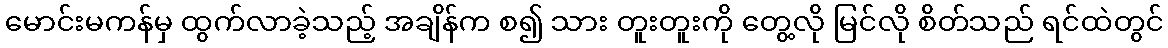
မောင်းမကန်မှ ထွက်လာခဲ့သည့် အချိန်က စ၍ သား တူးတူးကို တွေ့လို မြင်လို စိတ်သည် ရင်ထဲတွင်